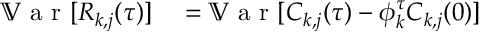
\begin{array} { r l } { \mathbb { V } \textrm { a r } [ R _ { k , j } ( \tau ) ] } & { { } = \mathbb { V } \textrm { a r } [ C _ { k , j } ( \tau ) - \phi _ { k } ^ { \tau } C _ { k , j } ( 0 ) ] } \end{array}